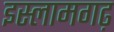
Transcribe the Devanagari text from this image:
इस्लामगढ़